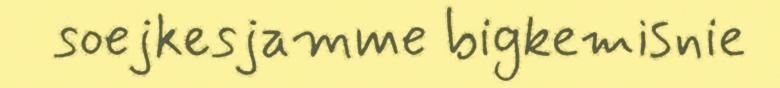
soejkesjamme bigkemisnie